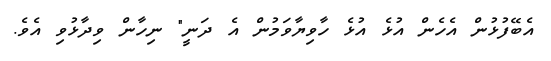
އެބޭފުޅުން އެހެން އުޅެ އުޅެ ހާވިޔާވަމުން އެ ދަނީ" ނިހާން ވިދާޅުވި އެވެ.